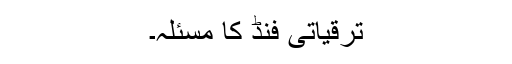
ترقیاتی فنڈ کا مسئلہ۔